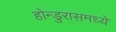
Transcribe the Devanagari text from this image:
होन्डुरासमध्ये